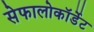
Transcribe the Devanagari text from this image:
सेफालोकॉर्डेट